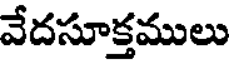
వేదసూక్తములు